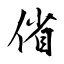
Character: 偗